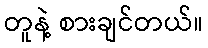
တူနဲ့ စားချင်တယ်။